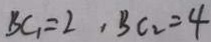
B C _ { 1 } = 2 , B C _ { 2 } = 4